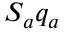
S _ { a } q _ { a }